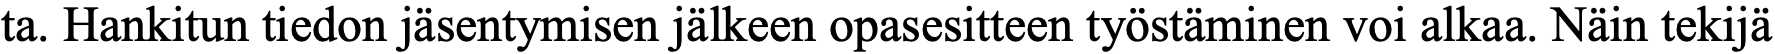
ta. Hankitun tiedon jäsentymisen jälkeen opasesitteen työstäminen voi alkaa. Näin tekijä